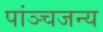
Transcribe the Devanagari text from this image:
पांञ्चजन्य